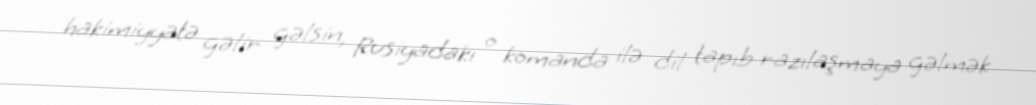
hakimiyyətə gəlir gəlsin, Rusiyadakı o komanda ilə dil tapıb razılaşmaya gəlmək